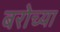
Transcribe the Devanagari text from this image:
बरोच्या